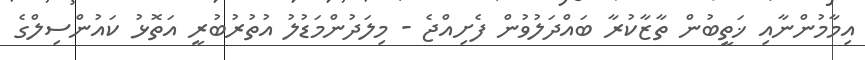
އިމާމުންނާއި ޚަތީބުން ތާޒާކުރާ ބައްދަލުވުން ފެށިއްޖެ - މިލަދުންމަޑުލު އުތުރުބުރީ އަތޮޅު ކައުންސިލްގެ